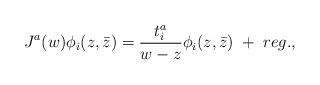
LaTeX: \begin{align*}J^a(w)\phi_i(z,\bar z)={t^a_i\over w-z}\phi_i(z,\bar z)\;+\;reg.,\end{align*}